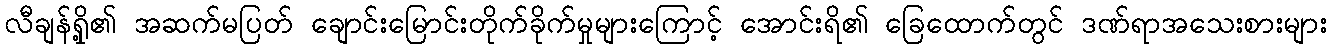
လီချန်ရှို့၏ အဆက်မပြတ် ချောင်းမြောင်းတိုက်ခိုက်မှုများကြောင့် အောင်းရိ၏ ခြေထောက်တွင် ဒဏ်ရာအသေးစားများ